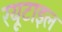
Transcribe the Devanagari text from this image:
रयूटाइल